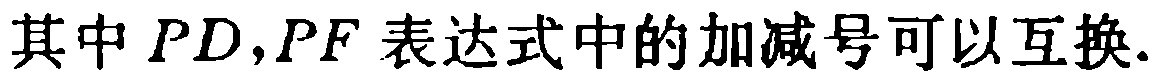
其中 \(PD,PF\) 表达式中的加减号可以互换.